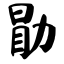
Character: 勖